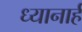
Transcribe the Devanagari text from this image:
ध्यानार्ह